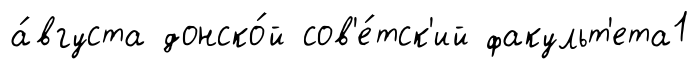
а́вгуста донско́й сов'е́тск'ий факульт'ета1